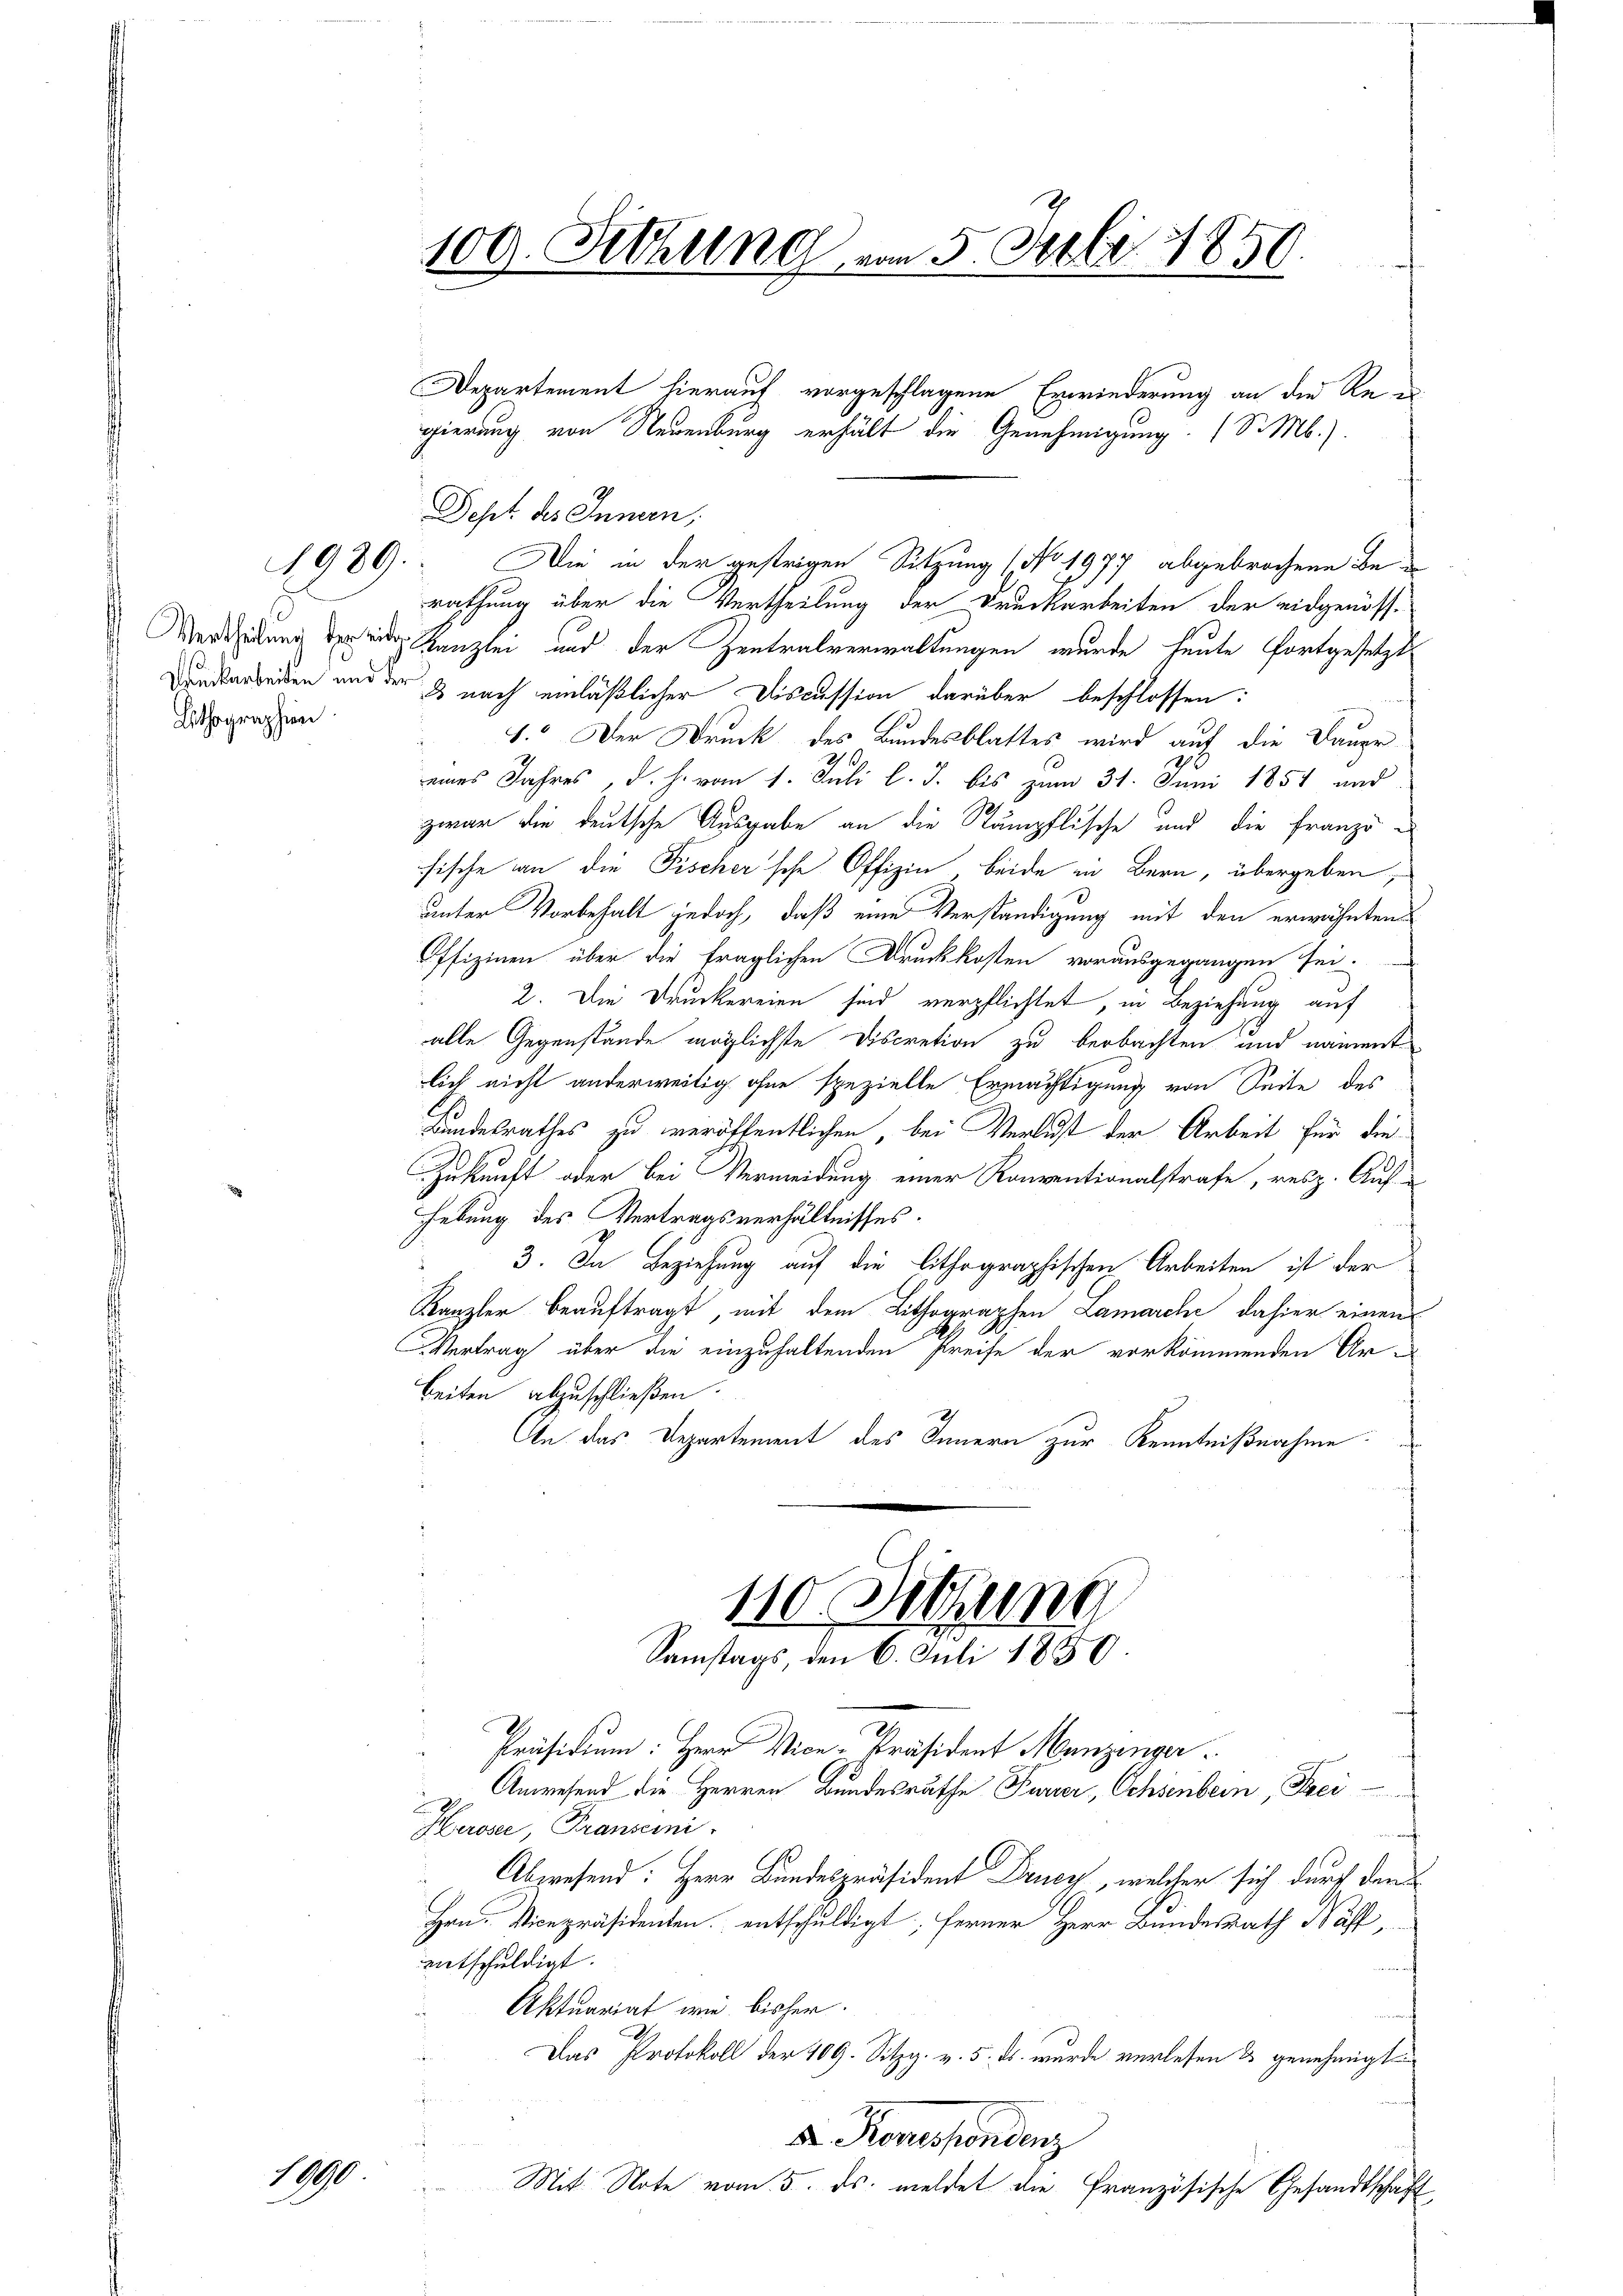
1989.

Lithographien

1000

100. Sitzung vom 5. Juli 1850.

Dept des Innern,
rathung über die Vertheilung der Druckarbeiten der eidgenöss-
de Kanzlei und der Zentralverwaltungen wurde heute fortgesetzt
Dundarbeiten und der & nach einläßlicher Discussion darüber beschlossen:
5
1. Der Druck des Bundesblattes wird auf die Dauer-
eines Jahres d. h. vom 1. Juli l. J. bis zum 31. Juni 1851 und
zwar die deutsche Ausgabe an die Stämpflische und die Franzö-
fische an die Fischer'sche Offizin beide in Bern, übergeben,
unter Vorbehalt jedoch, daß eine Verständigung mit den erwähnten
Offizinen über die fraglichen Druckkosten vorausgegangen sei.
 2. Die Druckereien sind verpflichtet, in Beziehung auf
alle Gegenstände möglichste Discretion zu beobachten und nament
lich nicht anderweitig ohne spezielle Ermächtigung von Seite des
Bundesrathes zu veröffentlichen, bei Verlust der Arbeit für die
Zukunft oder bei Vermeidung einer Konventionalstrafe, resp. Aufhebung des Vertragsverhältnisses.
3. In Beziehung auf die lithographischen Arbeiten ist der
Kanzler beauftragt, mit dem Lithographen Lamarche dahier einen
Vertrag über die einzuhaltenden Preise der vorkommenden Arbeiten abzuschließen.
An das Departement des Innern zur Kenntnißnahme:
110 Setzung
Samstags, den 6. Juli 1850

Departement hierauf vorgeschlagene Erwiederung an die Re-
gierung von Neuenburg erhält die Genehmigung. (S. Mb.).

Die in der gestrigen Sitzung (No. 1977 abgebrochene Be¬

Anwesend die Herren Bundesräthe Ferier, Ochsenbern, Frei
Heroser, Transemi
Abwesend: Herr Bundespräsident Drucz, welcher sich durch dem
Hrn. Vicepräsidenten entschuldigt, ferner Herr Bundesrath Näffentschuldigt.
Aktuariat wie bisher.
Das Protokoll der 109. Sitzg. v. 5. ds. wurde verlesen & genehmigt
8 Kronespondenz

Mit Note vom 5. ds. meldet die Französische Gesandtschäft

Präsidium: Herr Vice-Präsident Manzenger.